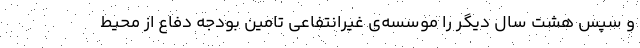
و سپس هشت سال دیگر را موسسه‌ی غیرانتفاعی تامین بودجه دفاع از محیط